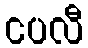
ငပလီ